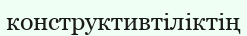
конструктивтіліктің